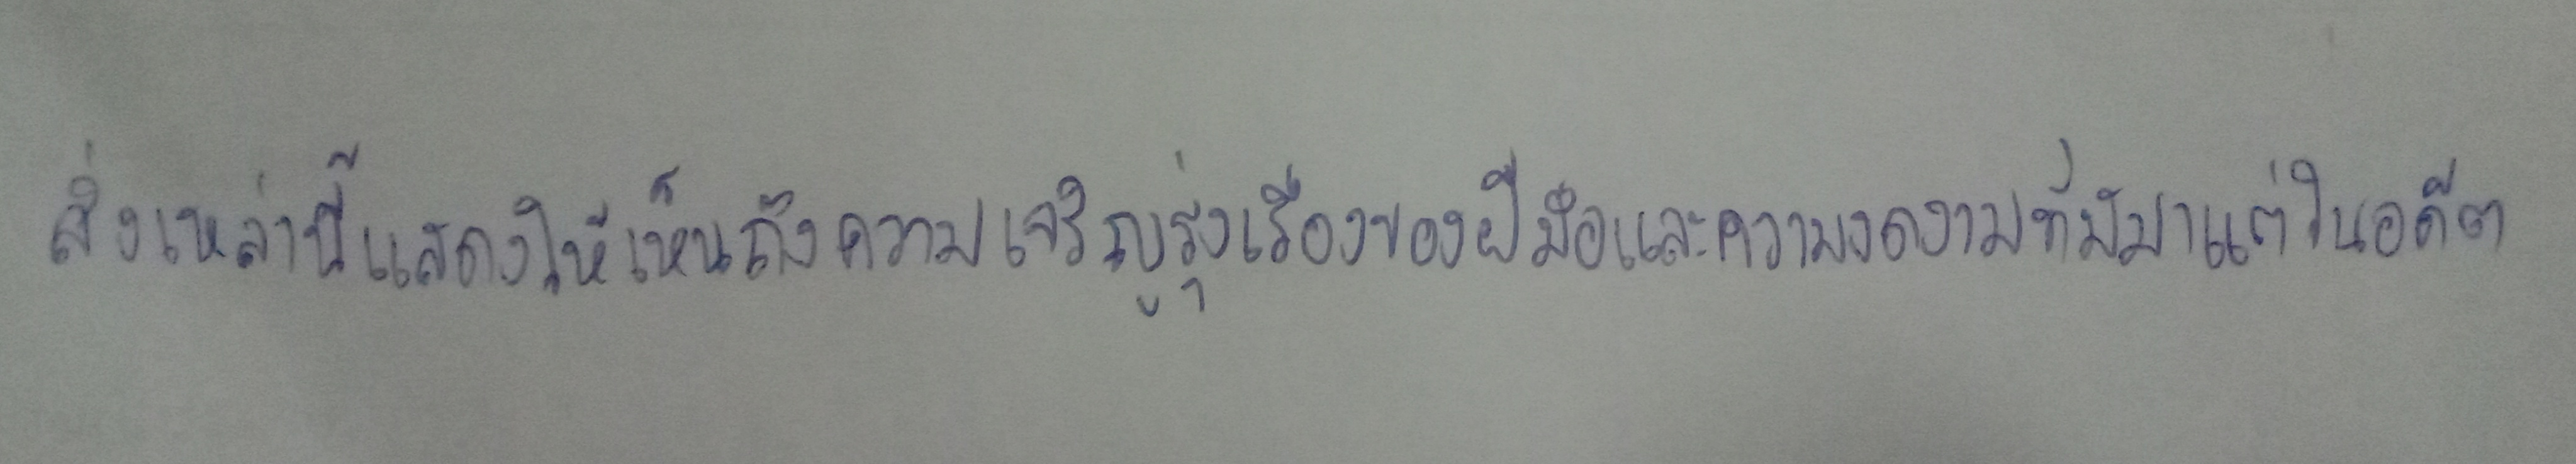
สิ่งเหล่านี้แสดงให้เห็นถึงความเจริญรุ่งเรืองของฝีมือและความงดงามที่มีมาแต่อดีต